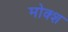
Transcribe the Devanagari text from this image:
मोक्श